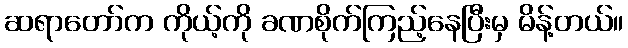
ဆရာတော်က ကိုယ့်ကို ခဏစိုက်ကြည့်နေပြီးမှ မိန့်တယ်။